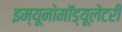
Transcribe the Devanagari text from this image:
इम्यूनोमॉड्यूलेटरी